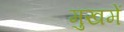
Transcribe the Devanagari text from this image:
मुखमें